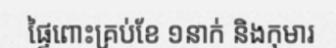
ផ្ទៃពោះគ្រប់ខែ ១នាក់ និងកុមារ